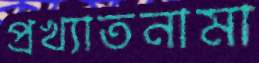
প্রখ্যাতনামা